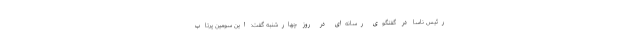
رئیس ناسا در گفتگوی رسانه‌ای در روز چهارشنبه گفت: این سومین پرتاب